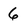
Character: 6